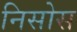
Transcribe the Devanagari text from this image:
निसोस